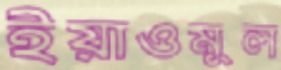
ইয়াওমুল